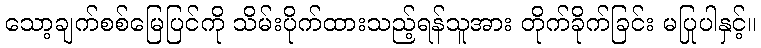
သော့ချက်စစ်မြေပြင်ကို သိမ်းပိုက်ထားသည့်ရန်သူအား တိုက်ခိုက်ခြင်း မပြုပါနှင့်။